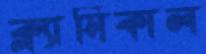
ক্ল্যাসিকাল